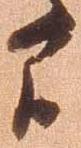
間